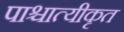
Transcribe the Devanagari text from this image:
पाश्चात्यीकृत